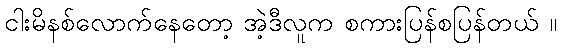
ငါးမိနစ်လောက်နေတော့ အဲ့ဒီလူက စကားပြန်စပြန်တယ် ။